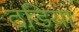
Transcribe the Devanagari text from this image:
ठडिया